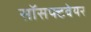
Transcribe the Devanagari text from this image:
सॉसफ्टवेयर